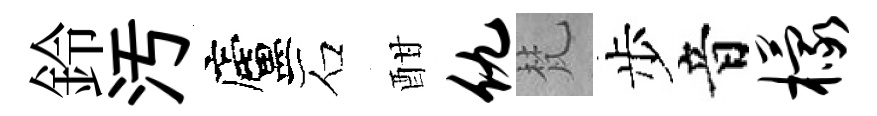
鈴汚廬石酣仇梵步音檬